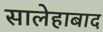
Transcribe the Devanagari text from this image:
सालेहाबाद